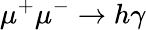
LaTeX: \mu^{+}\mu^{-}\to h\gamma